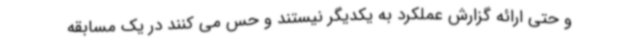
و حتی ارائه گزارش عملکرد به یکدیگر نیستند و حس می کنند در یک مسابقه